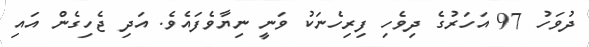
ދުވަހު 97 އަހަރުގެ ދިވެހި ފިރިހެނަކު ވަނީ ނިޔާވެފައެވެ. އަދި ޖެހިގެން އައި